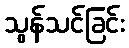
သွန်သင်ခြင်း